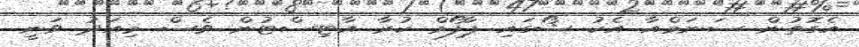
އެގޮތުން ސަނަމްއާ އެކު ޝޯގައި ޕާފޯމް ކުރާ އާޓިސްޓުން ވެސް މިއަދު ވަނީ